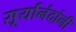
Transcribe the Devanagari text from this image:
सूर्यानंदांनी